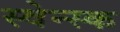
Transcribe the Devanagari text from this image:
स्वेन्स्क